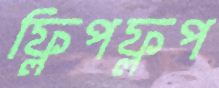
ফ্লিপফ্লপ